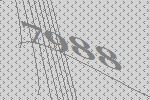
7988